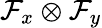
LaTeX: \mathcal{F}_{x}\otimes\mathcal{F}_{y}